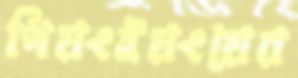
পিয়ংইয়ংয়ের